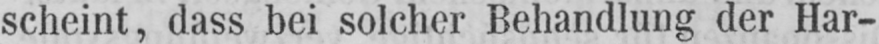
scheint, dass bei solcher Behandlung der Har-